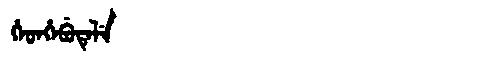
Manchu: ᡥᡝᡨᡥᡝᠪᡠᡨᡝᠯᡝ
Romanization: HETHEBUTELE